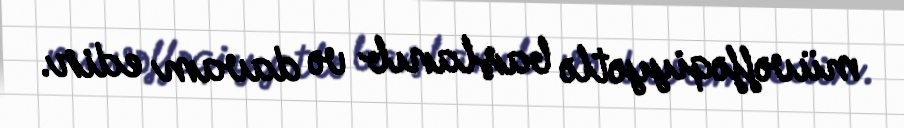
müvəffəqiyyətlə başlanıb və davam edir.